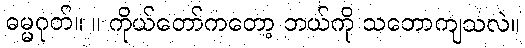
ဓမ္မဂုတ်။ ။ ကိုယ်တော်ကတော့ ဘယ်ကို သဘောကျသလဲ။